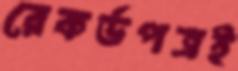
রেকর্ডপত্রই